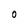
Character: O